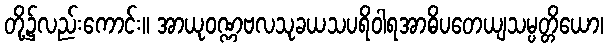
တို့၌လည်းကောင်း။ အာယုဝဏ္ဏဗလသုခယသပရိဝါရအာဓိပတေယျသမ္ပတ္တိယော၊